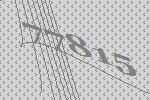
77815